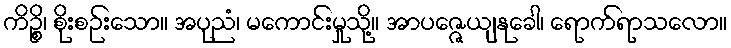
ကိဉ္စိ၊ စိုးစဉ်းသော။ အပုညံ၊ မကောင်းမှုသို့။ အာပဇ္ဇေယျနုခေါ၊ ရောက်ရာသလော။